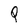
Character: Q